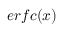
e r f c ( x )